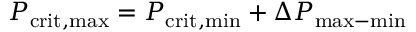
P _ { \mathrm { c r i t , m a x } } = P _ { \mathrm { c r i t , m i n } } + \Delta P _ { \mathrm { m a x - m i n } }